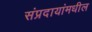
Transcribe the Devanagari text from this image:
संप्रदायांमधील